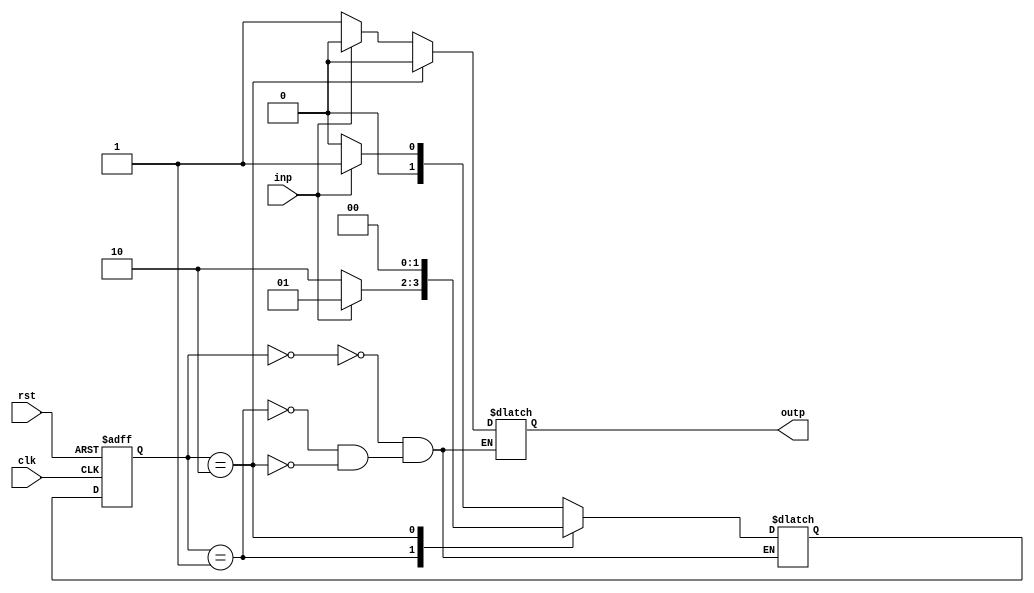
module fsm(
    input wire clk,
    input wire rst,
    input wire inp,

    output reg outp
);

// Define states
parameter S0 = 2'b00;
parameter S1 = 2'b01;
parameter S2 = 2'b10;

// Define state register
reg [1:0] state, next_state;

// Define outputs
reg outp_reg;

always @ (posedge clk or posedge rst) begin
    if (rst) begin
        state <= S0;
    end else begin
        state <= next_state;
    end
end

// Define combinational logic for state transitions and outputs
always @ (*) begin
    case(state)
        S0: begin
            if (inp) begin
                next_state = S1;
                outp_reg = 1'b0;
            end else begin
                next_state = S0;
                outp_reg = 1'b1;
            end
        end

        S1: begin
            if (!inp) begin
                next_state = S2;
                outp_reg = 1'b1;
            end else begin
                next_state = S1;
                outp_reg = 1'b0;
            end
        end

        S2: begin
            next_state = S0;
            outp_reg = 1'b0;
        end
    endcase
end

// Assign output
assign outp = outp_reg;

endmodule